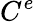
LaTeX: C^{e}